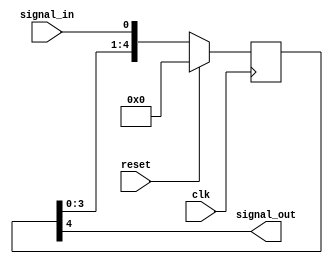
module signalCrossClkDomainSR
#(
	parameter burst_index = 5,
	parameter default_setting = {burst_index{1'b0}},
	parameter output_bit_select = burst_index-1
)

(
	signal_in,
	clk,
	reset,
	signal_out

);

	input wire signal_in;
	input wire clk;
	input wire reset;
	output wire signal_out;

	reg [burst_index-1:0] SR;
	
	initial begin
		SR = default_setting;
	end

	always @ (posedge clk) begin
		if (reset) SR <= {burst_index{1'b0}};
		else begin
			SR <= {SR[burst_index-2:0], signal_in};
		end
	end

	assign signal_out = SR[output_bit_select];


endmodule